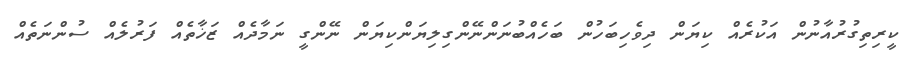
ކީރިތިގުރުއާނުން އަކުރެއް ކިޔަން ދިވެހިބަހުން ބަހެއްބުނަންނޭންގިލިޔަންކިޔަން ނޭންގީ ނަމާދެއް ޒަޚާތެއް ފަރުލެއް ސުންނަތެއް